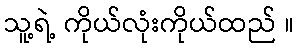
သူ့ရဲ့ ကိုယ်လုံးကိုယ်ထည် ။